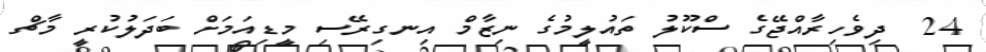
24  ދިވެހިރާއްޖޭގެ ސްކޫލު ތައުލީމުގެ ނިޒާމް އިނގިރޭސި މީޑިއަމަށް ބަދަލުކުރީ މާޗް